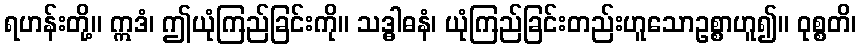
ရဟန်းတို့။ ဣဒံ၊ ဤယုံကြည်ခြင်းကို။ သဒ္ဓါဓနံ၊ ယုံကြည်ခြင်းတည်းဟူသောဥစ္စာဟူ၍။ ဝုစ္စတိ၊